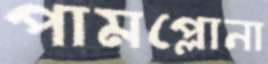
পামপ্লোনা